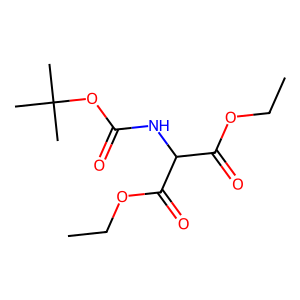
SMILES: CCOC(=O)C(NC(=O)OC(C)(C)C)C(=O)OCC
Inhibits HIV replication: No